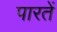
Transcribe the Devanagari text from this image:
पारतें